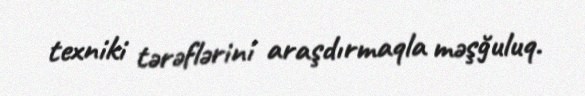
texniki tərəflərini araşdırmaqla məşğuluq.